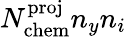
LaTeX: N_{\mathrm{chem}}^{\mathrm{proj}}n_{y}n_{i}